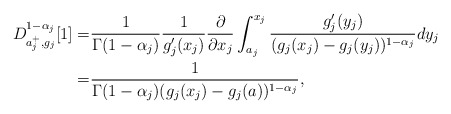
\begin{align*} D _{a_j^+, g_j }^{ 1- \alpha_j } [1] = & \frac{1}{\Gamma(1-\alpha_j)} \frac{1}{g'_j(x_j)} \frac{\partial}{ \partial x_j} \int_{a_j}^{x_j} \frac{g'_j (y_j) }{ ( g_j (x_j) - g_j (y_j) )^{1-\alpha_j} } dy_j\\= &\frac{1}{ \Gamma(1-\alpha_j) ( g_j(x_j) - g_j(a) )^{1-\alpha_j} }, \end{align*}